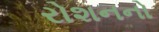
રોશનનો